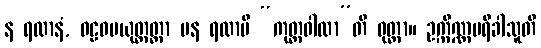
န ရထာနံ, ဝဠဝပယုတ္တတ္တာ ပန ရထာပိ “ကုတ္တဝါလာ”တိ ဝုတ္တာ။ ဥက္ကိဏ္ဏပရိခါသူတိ